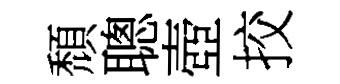
頹聰壺挍